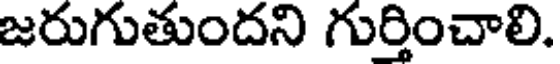
జరుగుతుందని గుర్తించాలి.